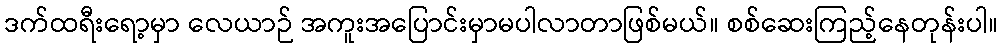
ဒက်ထရီးရော့မှာ လေယာဉ် အကူးအပြောင်းမှာမပါလာတာဖြစ်မယ်။ စစ်ဆေးကြည့်နေတုန်းပါ။